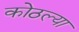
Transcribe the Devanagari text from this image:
कोठल्या